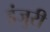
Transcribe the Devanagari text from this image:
इंजुरी